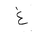
Letter: _gayn